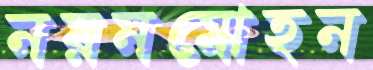
নয়নমোহন